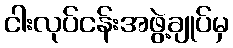
ငါးလုပ်ငန်းအဖွဲ့ချုပ်မှ